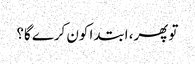
تو پھر، ابتدا کون کرے گا؟